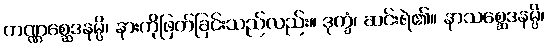
ကဏ္ဏစ္ဆေဒနမ္ပိ၊ နားကိုဖြတ်ခြင်းသည်လည်း။ ဒုက္ခံ၊ ဆင်းရဲ၏။ နာသစ္ဆေဒနမ္ပိ၊